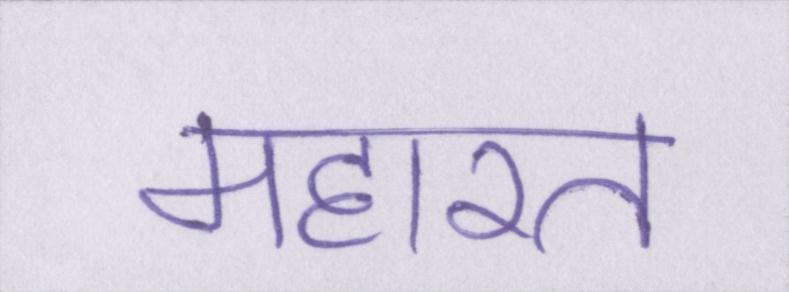
महारत